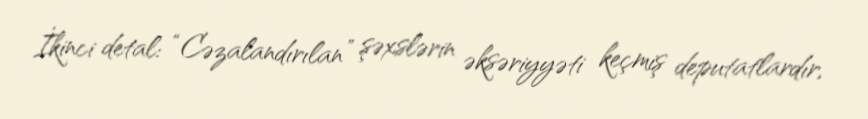
İkinci detal: “Cəzalandırılan” şəxslərin əksəriyyəti keçmiş deputatlardır,